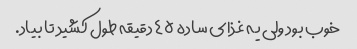
خوب بود ولی یه غذای ساده ۴۵ دقیقه طول کشید تا بیاد.